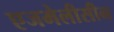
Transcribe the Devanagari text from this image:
एजमेलीसीन